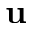
\mathbf { u }